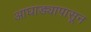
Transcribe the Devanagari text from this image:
आघाड्यापासून